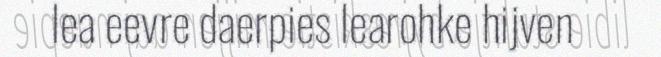
lea eevre daerpies learohke hijven